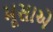
મૂસાએ